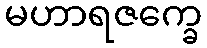
မဟာရဇက္ခေ